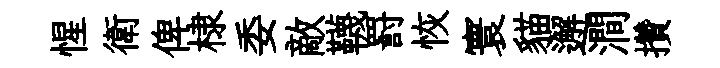
惺衛俾棣委敵韈罸恢寰貓邂澗攢